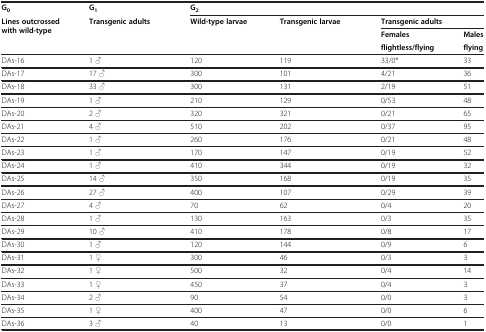
<table><thead><tr><td><b>G<sub>0</sub></b></td><td><b>G<sub>1</sub></b></td><td colspan="4"><b>G<sub>2</sub></b></td></tr><tr><td rowspan="2"><b>Lines outcrossed with wild-type</b></td><td rowspan="2"><b>Transgenic adults</b></td><td rowspan="2"><b>Wild-type larvae</b></td><td rowspan="2"><b>Transgenic larvae</b></td><td colspan="2"><b>Transgenic adults</b></td></tr><tr><td><b>Females</b></td><td><b>Males</b></td></tr><tr><td><b> </b></td><td><b> </b></td><td><b> </b></td><td><b> </b></td><td><b>flightless/flying</b></td><td><b>flying</b></td></tr></thead><tbody><tr><td>DAs-16</td><td>1 ♂</td><td>120</td><td>119</td><td>33/0*</td><td>33</td></tr><tr><td>DAs-17</td><td>17 ♂</td><td>300</td><td>101</td><td>4/21</td><td>36</td></tr><tr><td>DAs-18</td><td>33 ♂</td><td>300</td><td>131</td><td>2/19</td><td>51</td></tr><tr><td>DAs-19</td><td>1 ♂</td><td>210</td><td>129</td><td>0/53</td><td>48</td></tr><tr><td>DAs-20</td><td>2 ♂</td><td>320</td><td>321</td><td>0/21</td><td>65</td></tr><tr><td>DAs-21</td><td>4 ♂</td><td>510</td><td>202</td><td>0/37</td><td>95</td></tr><tr><td>DAs-22</td><td>1 ♂</td><td>260</td><td>176</td><td>0/21</td><td>48</td></tr><tr><td>DAs-23</td><td>1 ♂</td><td>170</td><td>147</td><td>0/19</td><td>52</td></tr><tr><td>DAs-24</td><td>1 ♂</td><td>410</td><td>344</td><td>0/19</td><td>32</td></tr><tr><td>DAs-25</td><td>14 ♂</td><td>350</td><td>168</td><td>0/19</td><td>35</td></tr><tr><td>DAs-26</td><td>27 ♂</td><td>400</td><td>107</td><td>0/29</td><td>39</td></tr><tr><td>DAs-27</td><td>4 ♂</td><td>70</td><td>62</td><td>0/4</td><td>20</td></tr><tr><td>DAs-28</td><td>1 ♂</td><td>130</td><td>163</td><td>0/3</td><td>35</td></tr><tr><td>DAs-29</td><td>10 ♂</td><td>410</td><td>178</td><td>0/8</td><td>17</td></tr><tr><td>DAs-30</td><td>1 ♂</td><td>120</td><td>144</td><td>0/9</td><td>6</td></tr><tr><td>DAs-31</td><td>1 ♀</td><td>300</td><td>46</td><td>0/3</td><td>3</td></tr><tr><td>DAs-32</td><td>1 ♀</td><td>500</td><td>32</td><td>0/4</td><td>14</td></tr><tr><td>DAs-33</td><td>1 ♀</td><td>450</td><td>37</td><td>0/4</td><td>3</td></tr><tr><td>DAs-34</td><td>2 ♂</td><td>90</td><td>54</td><td>0/0</td><td>3</td></tr><tr><td>DAs-35</td><td>1 ♀</td><td>400</td><td>47</td><td>0/0</td><td>6</td></tr><tr><td>DAs-36</td><td>3 ♂</td><td>40</td><td>13</td><td>0/0</td><td>1</td></tr></tbody></table>